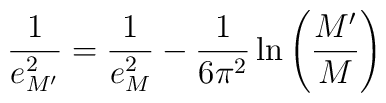
\frac{1}{e_{M'}^{2}}=\frac{1}{e_{M}^{2}}-\frac{1}{6\pi^{2}}\ln\left(\frac{M'}{M}\right)